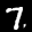
Label: 7